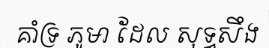
គាំទ្រ ភូមា ដែល សុទ្ធសឹង